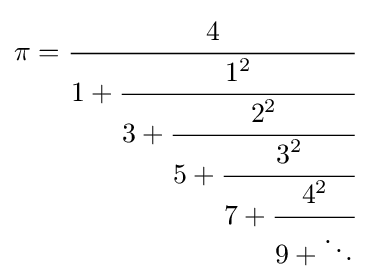
\pi ={\cfrac {4}{1+{\cfrac {1^{2}}{3+{\cfrac {2^{2}}{5+{\cfrac {3^{2}}{7+{\cfrac {4^{2}}{9+\ddots }}}}}}}}}}